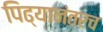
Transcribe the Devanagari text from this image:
पिढ्यानंतरच